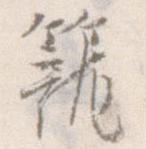
籠